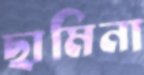
ছামিনা